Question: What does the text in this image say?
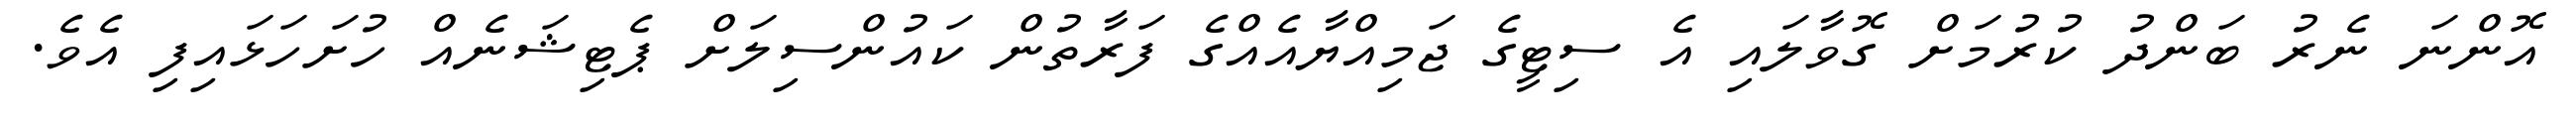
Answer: އޮންނަ ނެރު ބަންދު ކުރުމަށް ގޮވާލައި އެ ސިޓީގެ ޖަމިއްޔާއެއްގެ ފަރާތުން ކައުންސިލަށް ޕެޓިޝަނެއް ހުށަހަޅައިފި އެވެ.